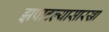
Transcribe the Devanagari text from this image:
झपाटल्यासारखा